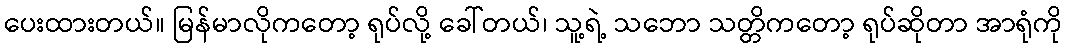
ပေးထားတယ်။ မြန်မာလိုကတော့ ရုပ်လို့ ခေါ်တယ်၊ သူ့ရဲ့ သဘော သတ္တိကတော့ ရုပ်ဆိုတာ အာရုံကို